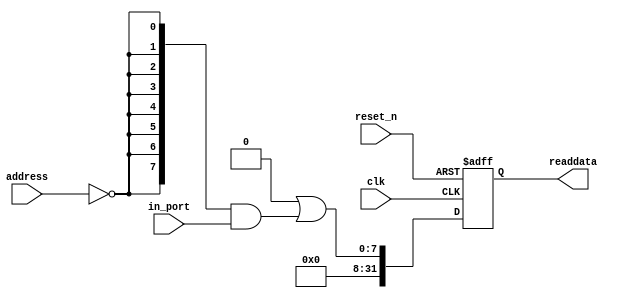
module ulight_fifo_timecode_rx (
                                 // inputs:
                                  address,
                                  clk,
                                  in_port,
                                  reset_n,

                                 // outputs:
                                  readdata
                               )
;

  output  [ 31: 0] readdata;
  input   [  1: 0] address;
  input            clk;
  input   [  7: 0] in_port;
  input            reset_n;


wire             clk_en;
wire    [  7: 0] data_in;
wire    [  7: 0] read_mux_out;
reg     [ 31: 0] readdata;
  assign clk_en = 1;
  //s1, which is an e_avalon_slave
  assign read_mux_out = {8 {(address == 0)}} & data_in;
  always @(posedge clk or negedge reset_n)
    begin
      if (reset_n == 0)
          readdata <= 0;
      else if (clk_en)
          readdata <= {32'b0 | read_mux_out};
    end


  assign data_in = in_port;

endmodule